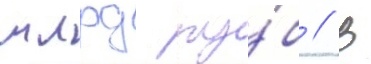
млрд ру́б // В